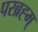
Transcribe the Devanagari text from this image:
परब्रह्म्